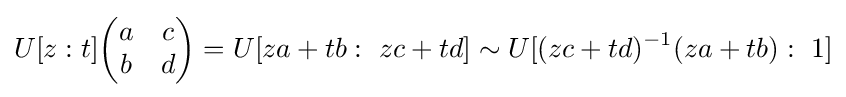
U[z:t]{\begin{pmatrix}a&c\\b&d\end{pmatrix}}=U[za+tb:\ zc+td]\sim U[(zc+td)^{-1}(za+tb):\ 1]